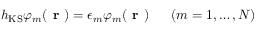
h _ { \mathrm { K S } } \varphi _ { m } ( \textbf { r } ) = \epsilon _ { m } \varphi _ { m } ( \textbf { r } ) ~ ~ ~ ~ ~ ( m = 1 , \ldots , N )